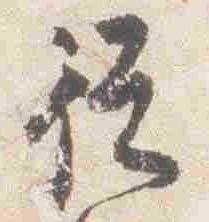
従